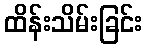
ထိန်းသိမ်းခြင်း